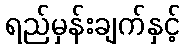
ရည်မှန်းချက်နှင့်